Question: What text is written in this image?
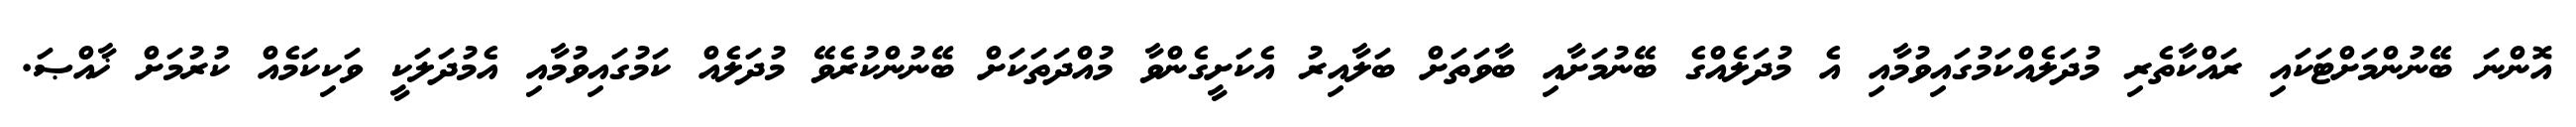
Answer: އޮންނަ ބޭނުންމަށްޓަކައި ރައްކާތެރި މުދަލެއްކަމުގައިވުމާއި އެ މުދަލެއްގެ ބޭނުމަށާއި ބާވަތަށް ބަލާއިރު އެކަށީގެންވާ މުއްދަތަކަށް ބޭނުންކުރެވޭ މުދަލެއް ކަމުގައިވުމާއި އެމުދަލަކީ ވަކިކަމެއް ކުރުމަށް ޚާއްޞަ.